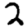
Digit: 2